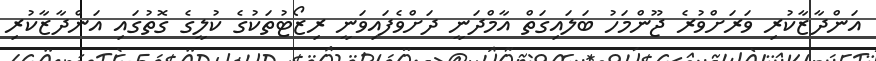
އަންދާޒާކުރި ވަރަށްވުރެ ޖޫންމަހު ބަލައިގަތް އާމްދަނީ ދަށްވެފައިވަނީ ރިޒޯޓުތަކުގެ ކުލީގެ ގޮތުގައި އަންދާޒާކުރި